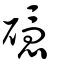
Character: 𥖵